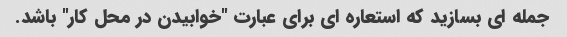
جمله ای بسازید که استعاره ای برای عبارت "خوابیدن در محل کار" باشد.